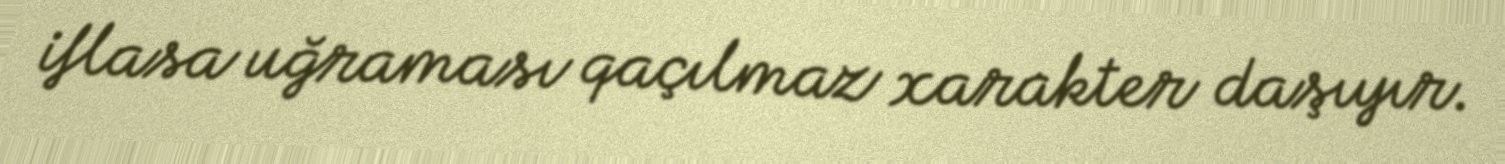
iflasa uğraması qaçılmaz xarakter daşıyır.